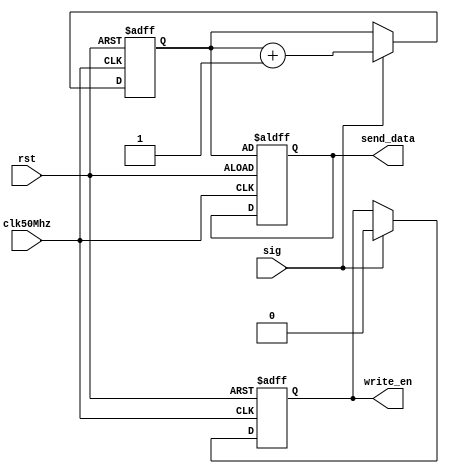
module counter_8bit(
  input wire clk50Mhz,
  input wire rst,
  input wire sig,
  output reg [7:0] send_data=0,
  output reg write_en=0	
  );
   
reg [7:0] cnt = 3'hxxx;

	
always@(posedge clk50Mhz or posedge rst)
  
begin
  
  if(rst) begin
  send_data <= cnt;
  write_en <= 1;
  cnt <= 1'b0; 
  end 

  else if(sig) begin 
  write_en <= 0;
  cnt <= cnt + 1; 
  end 

  end

 endmodule